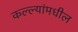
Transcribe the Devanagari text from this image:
कल्ल्यांमधील